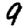
Digit: 9